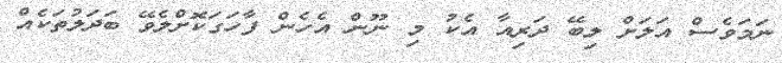
ނަމަވެސް އަލަށް ލިބޭ ދަރިއާ އެކު މި ނޫން އެހެން ފާހަގަކޮށްލެވޭ ބަދަލުތަކެއް